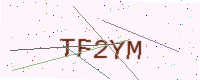
Text: TF2YM